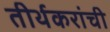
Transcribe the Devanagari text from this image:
तीर्थकरांची